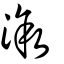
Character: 漵